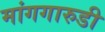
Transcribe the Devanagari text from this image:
मांगगारुडी